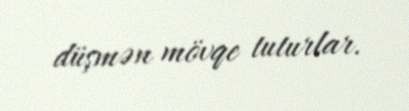
düşmən mövqe tuturlar.